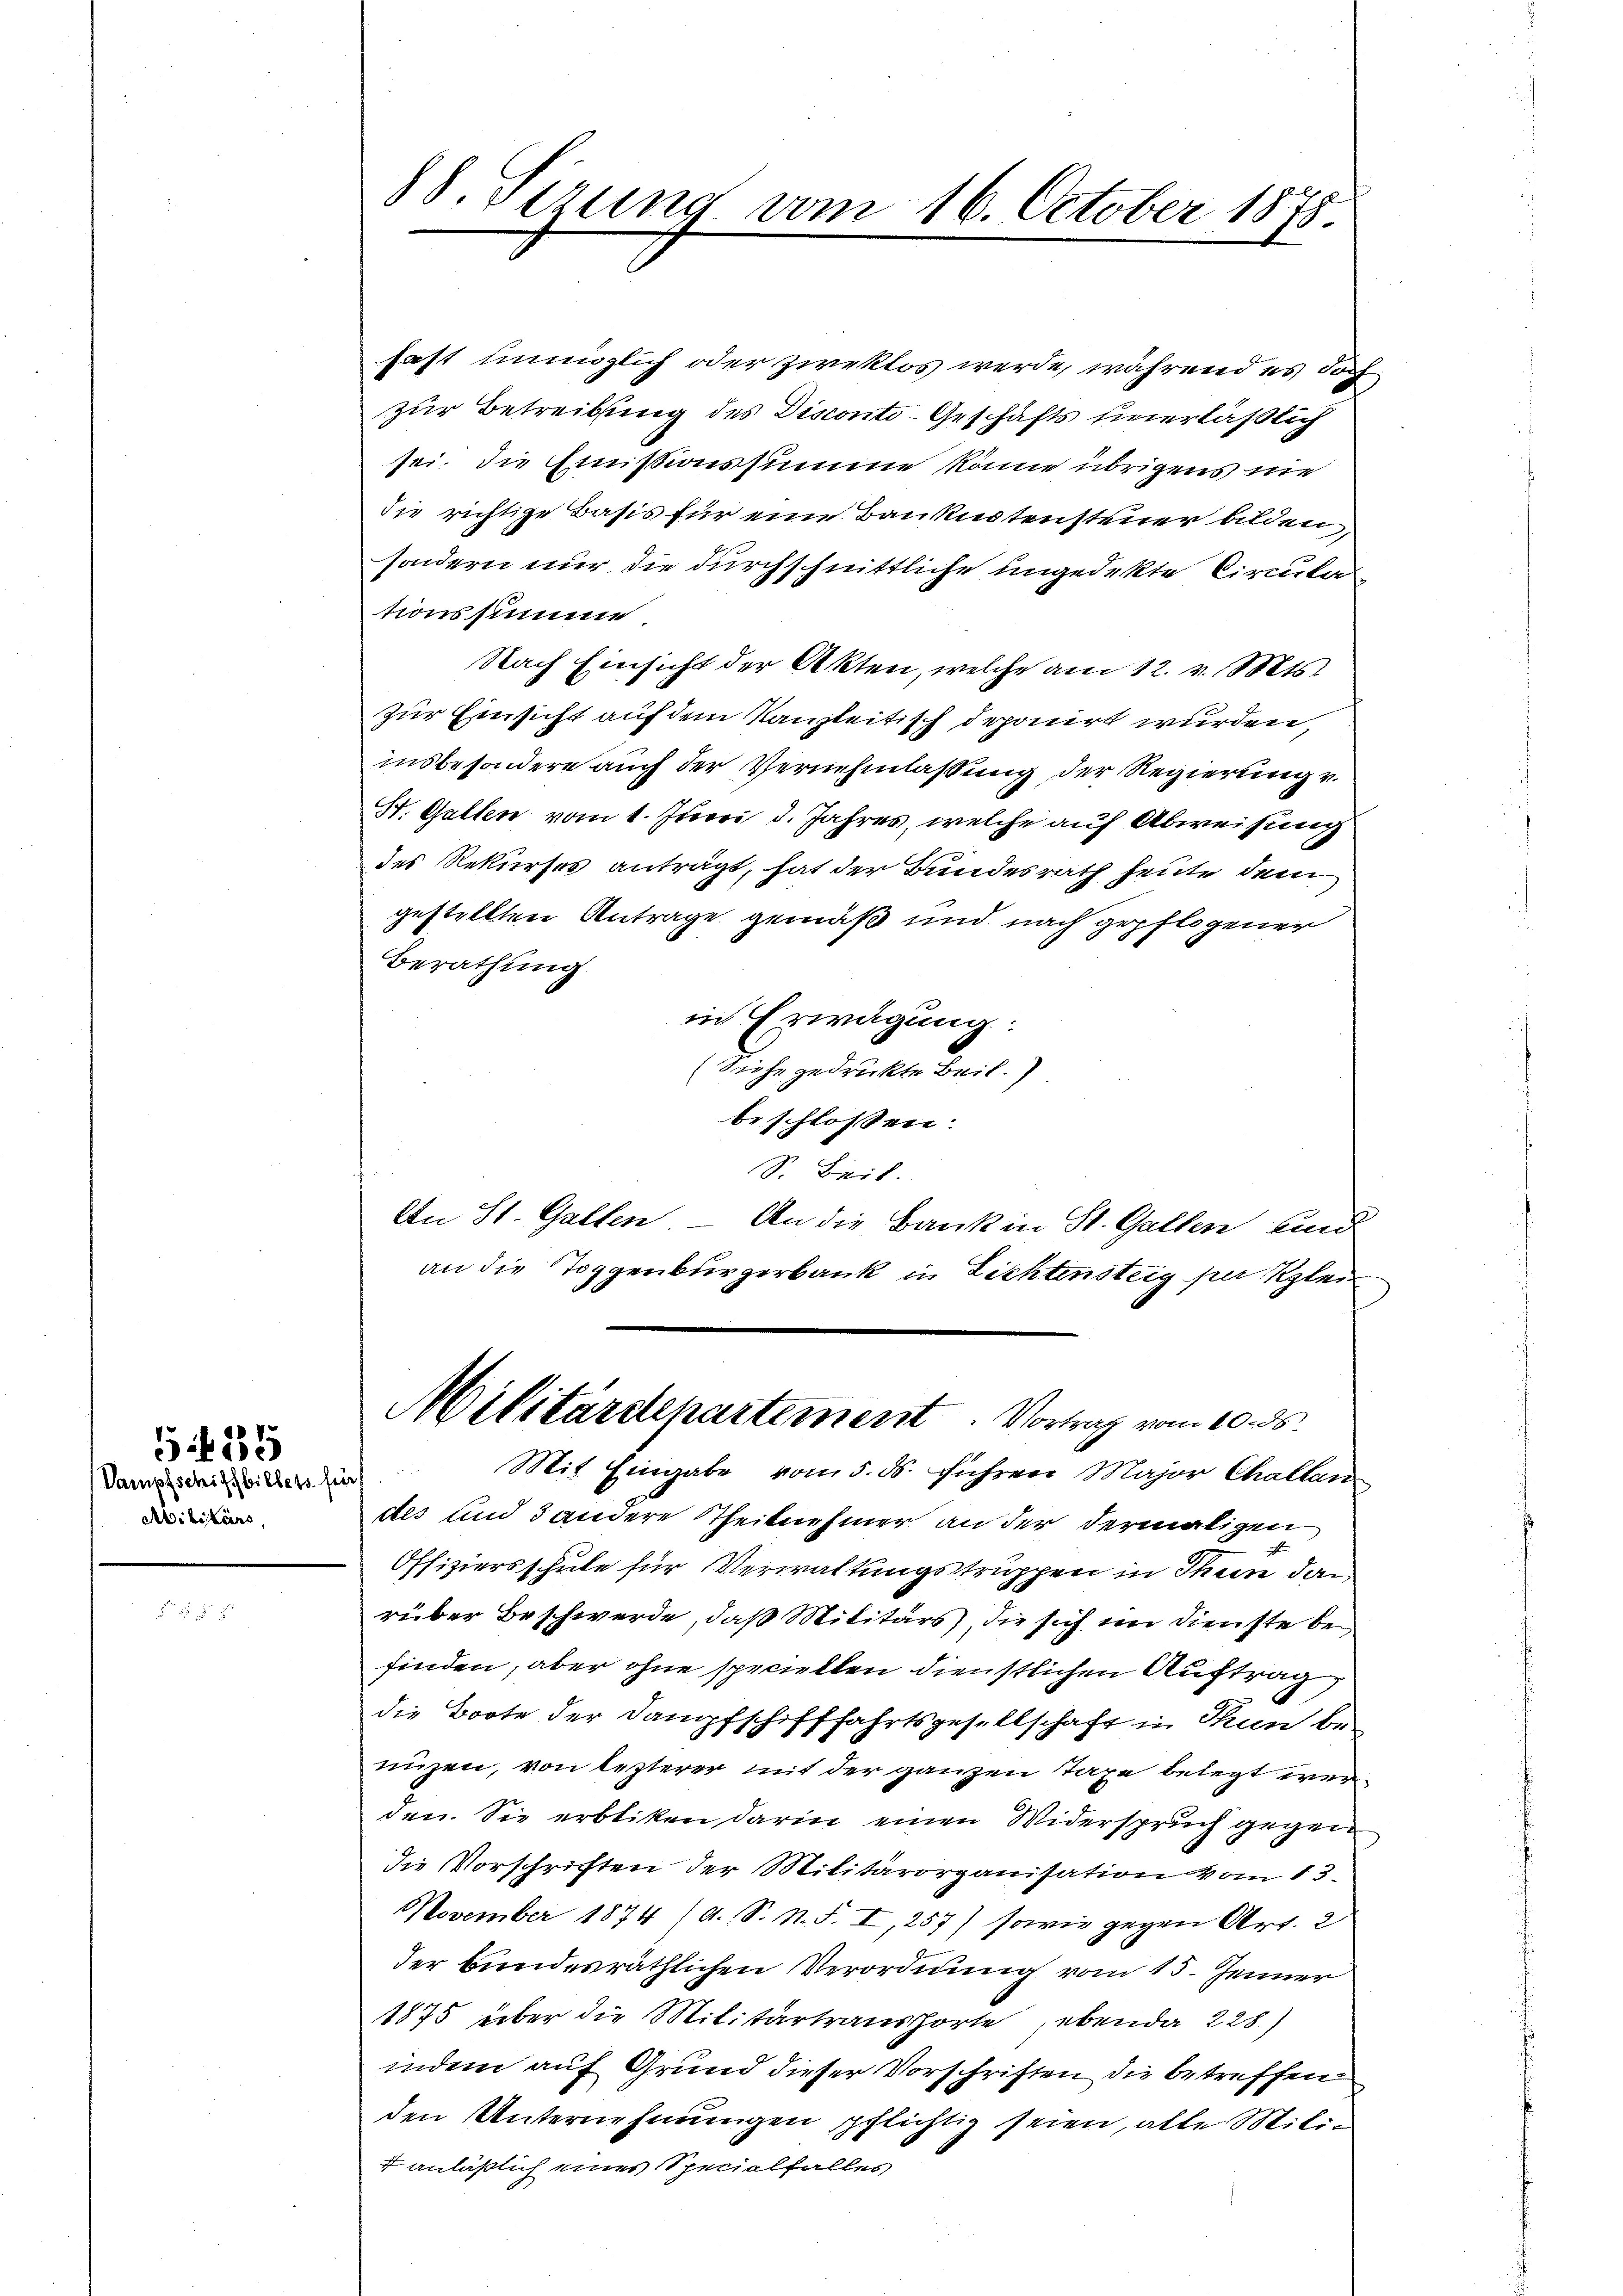
Vampfschiffbillets für
Abilitärs,

5415

88. Sezung vom 16. October 1875.

hast unmöglich oder zweklos werde, während es doch
zur Betreibung des Disconti-Geschäfts unerläßlich
sei. Die Emissionssumme könne übrigens nie
die richtige Basis für eine Bankistensteuer bilden,
sondern nur die durchschnittliche ungedekte Circula
tionssumme
Nach Einsicht der Akten, welche am 12. v. Mts.
zur Einsicht auf dem Kanzleitisch deponirt wurden,
insbesondere auch der Vernehmlassung der Regierung v.
St. Gallen vom 1. Juni d. Jahres, welche auf Abweisung
des Rekurses anträgt, hat der Bundesrath heute dem
gestellten Antrage gemäß und nach gepflogener
Berathung
in Erwägung:
(Siehe gedruckte Beil.)
beschlossen:
S. Beil.
An St. Gallen – An die Bank in St. Gallen sind
an die Toggenburgerbank in Lichtensteig per Klei
Militärdepartement. Vortrag vom 10. ds
Mit Eingabe vom 5. ds. führen Major Challen
des und 3 andere Theilnehmer an der dermaligen
Offiziersschule für Verwaltungstruppen in Thun dan
rüber Beschwerde, daß Militärs, die sich im Dienste befinden, aber ohne speciellen dienstlichen Auftrag
die Boote der Dampfschifffahrtsgesellschaft in Thun be-
nüzen, von lezterer mit der ganzen Taxe belegt wer
den. Sie erbliken darin einen Widerspruch gegen
die Vorschriften der Militärorganisation vom 13.
November 1874 (A. S. N. S. I, 257) sowie gegen Art. 2
der bundesräthlichen Verordnung vom 15. Jenner
1875 über die Militärtraushorte, ebenda 228)
indem auf Grund dieser Vorschriften die betreffen
den Unternehmungen pflichtig seien, alle Mili¬
+ anläßlich eines Specialfalles